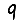
Digit: 9